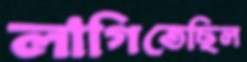
লাগিতেছিল